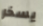
يسخر